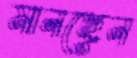
মানছেন